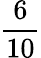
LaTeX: \frac{6}{10}